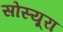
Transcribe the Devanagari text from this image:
सोस्यूरा